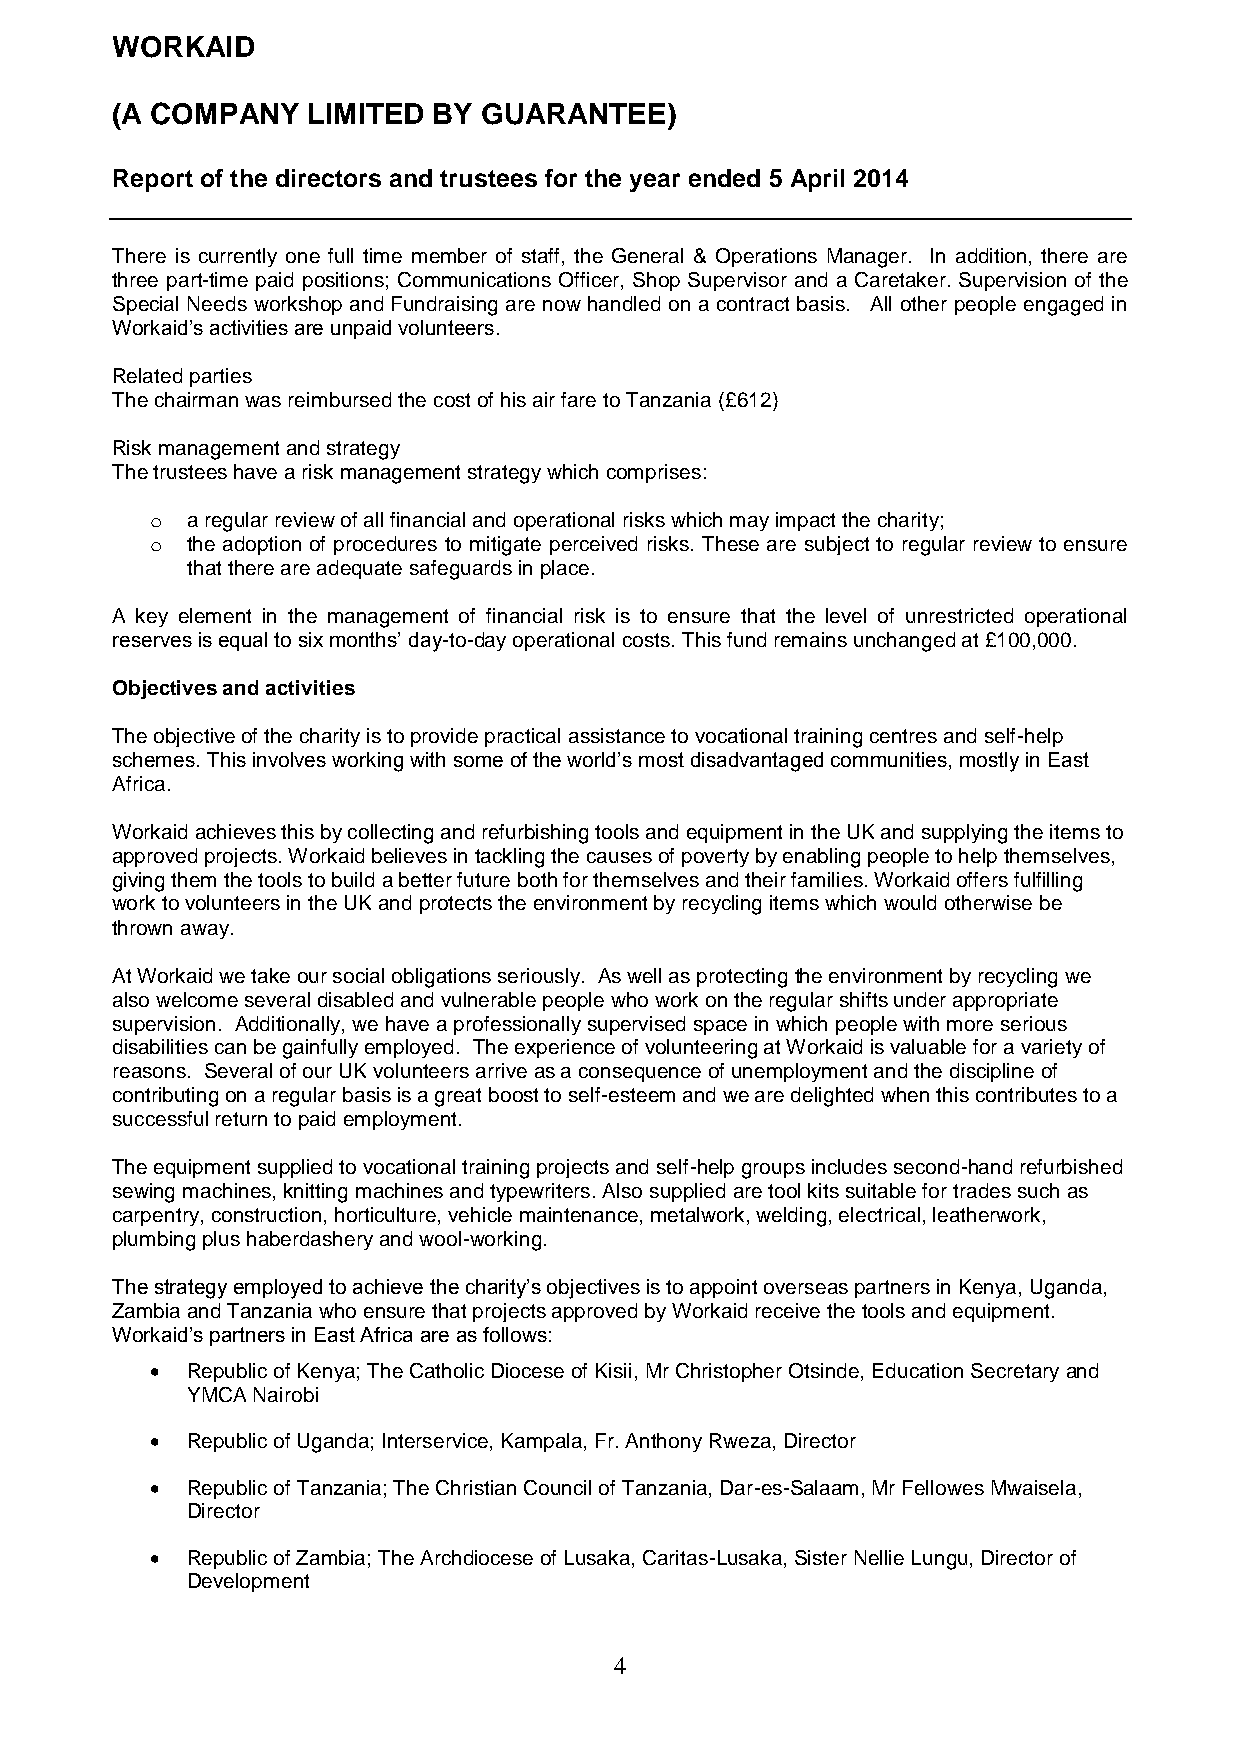
WORKAID
 (A COMPANY   LIMITED  BY GUARANTEE)
 Report of the directors and trustees for the year ended 5 April 2014
 There is currently one full time member of staff, the General & Operations Manager. In addition, there are
 three part-time paid positions; Communications Officer, Shop Supervisor and a Caretaker. Supervision of the
 Special Needs workshop and Fundraising are now handled on a contract basis. All other people engaged in
 Workaid’s activities are unpaid volunteers.
 Related parties
 The chairman was reimbursed the cost of his air fare to Tanzania (£612)
 Risk management and strategy
 The trustees have a risk management strategy which comprises:
 o a regular review of all financial and operational risks which may impact the charity;
 o the adoption of procedures to mitigate perceived risks. These are subject to regular review to ensure
 that there are adequate safeguards in place.
 A key element in the management of financial risk is to ensure that the level of unrestricted operational
 reserves is equal to six months’ day-to-day operational costs. This fund remains unchanged at £100,000.
 Objectives and activities
 The objective of the charity is to provide practical assistance to vocational training centres and self-help
 schemes. This involves working with some of the world’s most disadvantaged communities, mostly in East
 Africa.
 Workaid achieves this by collecting and refurbishing tools and equipment in the UK and supplying the items to
 approved projects. Workaid believes in tackling the causes of poverty by enabling people to help themselves,
 giving them the tools to build a better future both for themselves and their families. Workaid offers fulfilling
 work to volunteers in the UK and protects the environment by recycling items which would otherwise be
 thrown away.
 At Workaid we take our social obligations seriously. As well as protecting the environment by recycling we
 also welcome several disabled and vulnerable people who work on the regular shifts under appropriate
 supervision. Additionally, we have a professionally supervised space in which people with more serious
 disabilities can be gainfully employed. The experience of volunteering at Workaid is valuable for a variety of
 reasons. Several of our UK volunteers arrive as a consequence of unemployment and the discipline of
 contributing on a regular basis is a great boost to self-esteem and we are delighted when this contributes to a
 successful return to paid employment.
 The equipment supplied to vocational training projects and self-help groups includes second-hand refurbished
 sewing machines, knitting machines and typewriters. Also supplied are tool kits suitable for trades such as
 carpentry, construction, horticulture, vehicle maintenance, metalwork, welding, electrical, leatherwork,
 plumbing plus haberdashery and wool-working.
 The strategy employed to achieve the charity’s objectives is to appoint overseas partners in Kenya, Uganda,
 Zambia and Tanzania who ensure that projects approved by Workaid receive the tools and equipment.
 Workaid’s partners in East Africa are as follows:
  Republic of Kenya; The Catholic Diocese of Kisii, Mr Christopher Otsinde, Education Secretary and
 YMCA Nairobi
  Republic of Uganda; Interservice, Kampala, Fr. Anthony Rweza, Director
  Republic of Tanzania; The Christian Council of Tanzania, Dar-es-Salaam, Mr Fellowes Mwaisela,
 Director
  Republic of Zambia; The Archdiocese of Lusaka, Caritas-Lusaka, Sister Nellie Lungu, Director of
 Development
 4